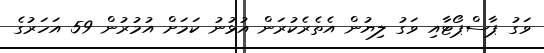
ވަގު ޕާސްޕޯޓާއި ވަގު ލިޔުން އެތެރެކުރަން އުޅުނު ކަމަށް އުމުރުން 59 އަހަރުގެ